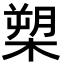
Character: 槊